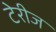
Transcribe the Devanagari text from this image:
टेरीज